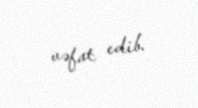
vəfat edib.